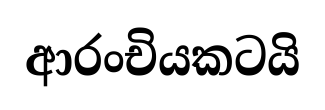
ආරංචියකටයි